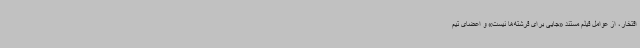
افتخار، از عوامل فیلم مستند «جایی برای فرشته‌ها نیست» و اعضای تیم